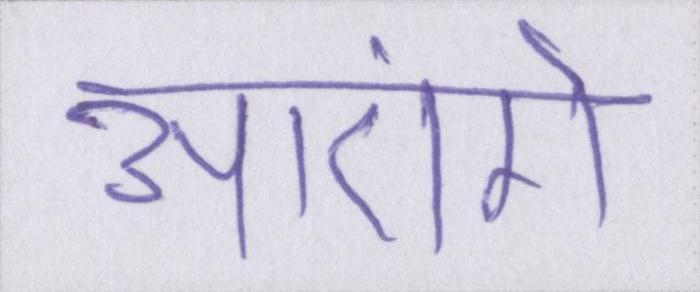
आएंगे